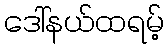
ဒေါ်နယ်ထရမ့်